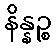
နိန္နဉ္စ